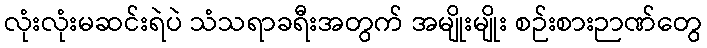
လုံးလုံးမဆင်းရဲပဲ သံသရာခရီးအတွက် အမျိုးမျိုး စဉ်းစားဉာဏ်တွေ